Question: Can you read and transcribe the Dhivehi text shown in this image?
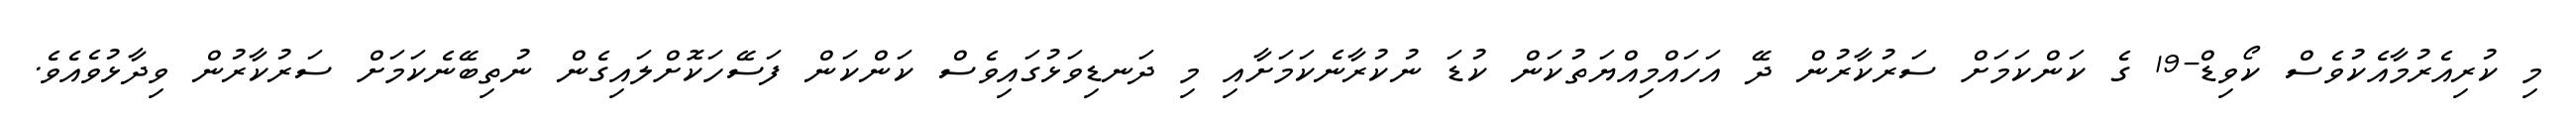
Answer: މި ކުރިއެރުމާއެކުވެސް ކޯވިޑް-19 ގެ ކަންކަމަށް ސަރުކާރުން ދޭ އަހައްމިއްޔަތުކަން ކުޑަ ނުކުރާނެކަމަށާއި މި ދަނޑިވަޅުގައިވެސް ކަންކަން ފަސޭހަކޮށްލައިގެން ނުތިބޭނެކަމަށް ސަރުކާރުން ވިދާޅުވެއެވެ.